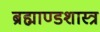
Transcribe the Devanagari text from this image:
ब्रह्माण्डशास्त्र